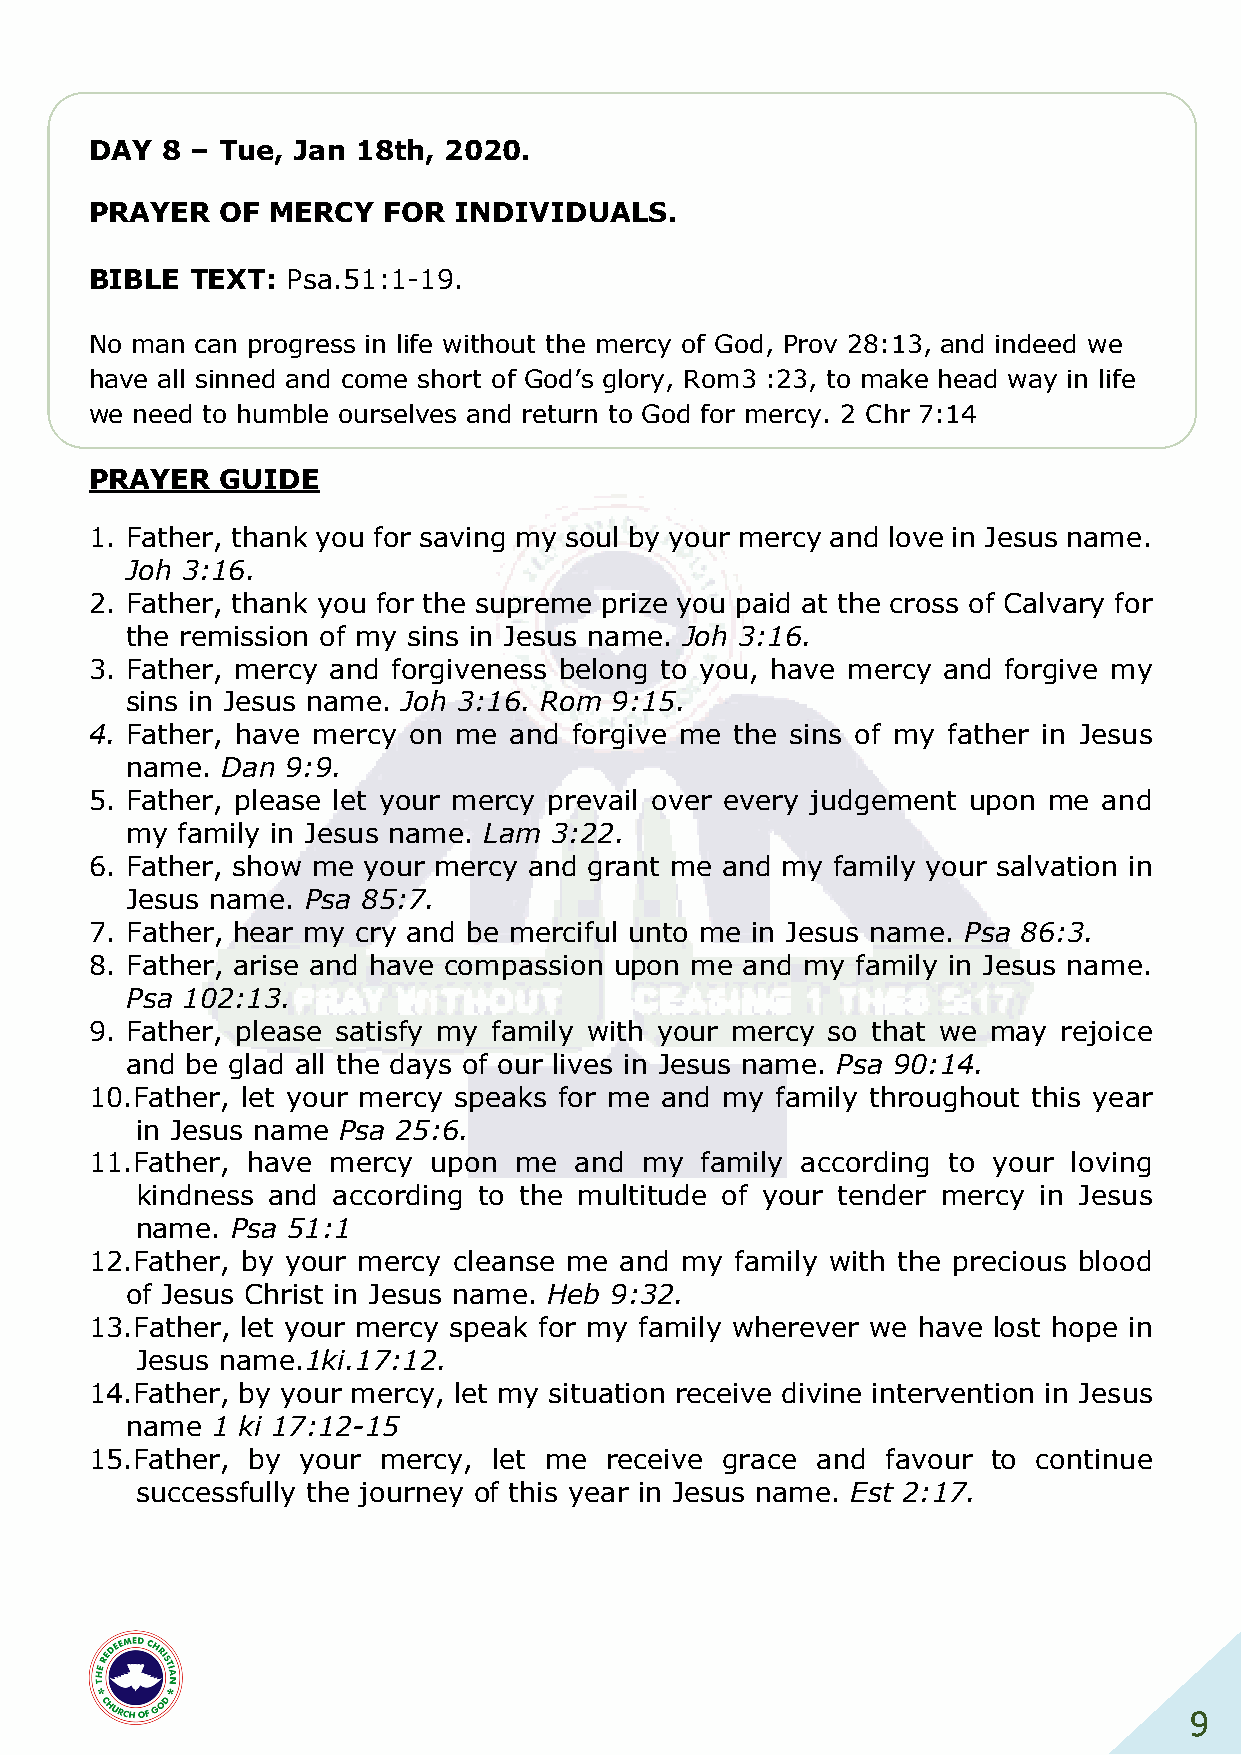
DAY  8 – Tue, Jan 18th, 2020.
 PRAYER   OF MERCY  FOR  INDIVIDUALS.
 BIBLE  TEXT: Psa.51:1-19.
 No man can progress in life without the mercy of God, Prov 28:13, and indeed we
 have all sinned and come short of God’s glory, Rom3 :23, to make head way in life
 we need to humble ourselves and return to God for mercy. 2 Chr 7:14
 PRAYER   GUIDE
 1. Father, thank you for saving my soul by your mercy and love in Jesus name.
 Joh 3:16.
 2. Father, thank you for the supreme prize you paid at the cross of Calvary for
 the remission of my sins in Jesus name. Joh 3:16.
 3. Father, mercy and forgiveness belong to you, have mercy and forgive my
 sins in Jesus name. Joh 3:16. Rom 9:15.
 4. Father, have mercy on me and forgive me the sins of my father in Jesus
 name.  Dan 9:9.
 5. Father, please let your mercy prevail over every judgement upon me and
 my  family in Jesus name. Lam 3:22.
 6. Father, show me your mercy and grant me and my family your salvation in
 Jesus name. Psa 85:7.
 7. Father, hear my cry and be merciful unto me in Jesus name. Psa 86:3.
 8. Father, arise and have compassion upon me and my family in Jesus name.
 Psa 102:13.
 9. Father, please satisfy my family with your mercy so that we may rejoice
 and be glad all the days of our lives in Jesus name. Psa 90:14.
 10. Father, let your mercy speaks for me and my family throughout this year
 in Jesus name Psa 25:6.
 11. Father, have mercy upon me  and my  family according to your loving
 kindness and according to the multitude of your tender mercy in Jesus
 name. Psa 51:1
 12. Father, by your mercy cleanse me and my family with the precious blood
 of Jesus Christ in Jesus name. Heb 9:32.
 13. Father, let your mercy speak for my family wherever we have lost hope in
 Jesus name.1ki.17:12.
 14. Father, by your mercy, let my situation receive divine intervention in Jesus
 name  1 ki 17:12-15
 15. Father, by your mercy, let me receive grace and  favour to continue
 successfully the journey of this year in Jesus name. Est 2:17.
 9